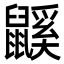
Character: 鼷